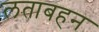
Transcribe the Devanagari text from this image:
लताबहन